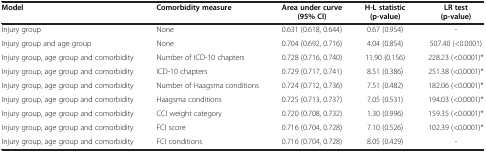
| Model | Comorbidity measure | Area under curve (95% CI) | H-L statistic (p-value) | LR test (p-value) |
 | --- | --- | --- | --- | --- |
 | Injury group | None | 0.631 (0.618, 0.644) | 0.67 (0.954) | - |
 | Injury group and age group | None | 0.704 (0.692, 0.716) | 4.04 (0.854) | 507.40 (<0.0001) |
 | Injury group, age group and comorbidity | Number of ICD-10 chapters | 0.728 (0.716, 0.740) | 11.90 (0.156) | 228.23 (<0.0001)* |
 | Injury group, age group and comorbidity | ICD-10 chapters | 0.729 (0.717, 0.741) | 8.51 (0.386) | 251.38 (<0.0001)* |
 | Injury group, age group and comorbidity | Number of Haagsma conditions | 0.724 (0.712, 0.736) | 7.51 (0.482) | 182.06 (<0.0001)* |
 | Injury group, age group and comorbidity | Haagsma conditions | 0.725 (0.713, 0.737) | 7.05 (0.531) | 194.03 (<0.0001)* |
 | Injury group, age group and comorbidity | CCI weight category | 0.720 (0.708, 0.732) | 1.30 (0.996) | 159.35 (<0.0001)* |
 | Injury group, age group and comorbidity | FCI score | 0.716 (0.704, 0.728) | 7.10 (0.526) | 102.39 (<0.0001)* |
 | Injury group, age group and comorbidity | FCI conditions | 0.716 (0.704, 0.728) | 8.05 (0.429) | - |